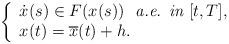
LaTeX: \begin{align*}\left\lbrace\begin{array}{l}\dot{x}(s)\in F(x(s))\ \textit{ a.e. in } [t,T],\\x(t)=\overline{x}(t)+h. \end{array}\right.\end{align*}